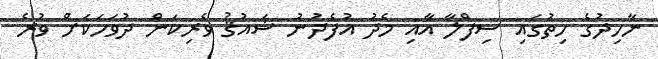
ނާހިދުގެ ހިތުގައި ސިފްލާ އާއި މެދު އުފެދުނު ޝައުޤު ވެރިކަން ދުވަހަކަށް ވުރެ